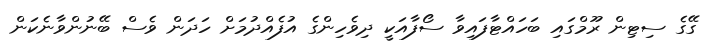
ގޭގެ ސިޓިން ރޫމްގައި ބަހައްޓާފައިވާ ސޯފާއަކީ ދިވެހިންގެ އުފެއްދުމަށް ހަދަން ވެސް ބޭނުންވާނެކަން